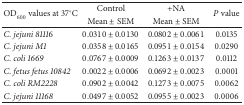
<table><thead><tr><td rowspan="2"><b>OD<sub>600</sub> values at 37°C</b></td><td><b>Control </b></td><td><b>+NA </b></td><td rowspan="2"><b><i>P</i> value</b></td></tr><tr><td><b>Mean ± SEM</b></td><td><b>Mean ± SEM</b></td></tr></thead><tbody><tr><td><i>C. jejuni 81116</i></td><td>0.0310 ± 0.0130</td><td>0.0802 ± 0.0061</td><td>0.0135</td></tr><tr><td><i>C. jejuni M1</i></td><td>0.0358 ± 0.0165</td><td>0.0951 ± 0.0154</td><td>0.0290</td></tr><tr><td><i>C. coli 1669</i></td><td>0.0767 ± 0.0009</td><td>0.1263 ± 0.0137</td><td>0.0112</td></tr><tr><td><i>C. fetus fetus 10842</i></td><td>0.0022 ± 0.0006</td><td>0.0692 ± 0.0023</td><td>0.0001</td></tr><tr><td><i>C. coli RM2228</i></td><td>0.0902 ± 0.0042</td><td>0.1273 ± 0.0075</td><td>0.0062</td></tr><tr><td><i>C. jejuni 11168</i></td><td>0.0497 ± 0.0052</td><td>0.0955 ± 0.0023</td><td>0.0006</td></tr></tbody></table>